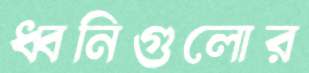
ধ্বনিগুলোর